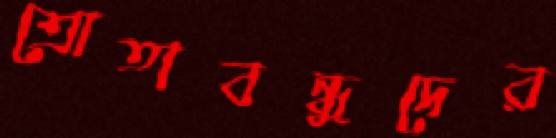
শ্রোতাবন্ধুদের